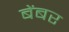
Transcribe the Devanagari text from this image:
बेंबर